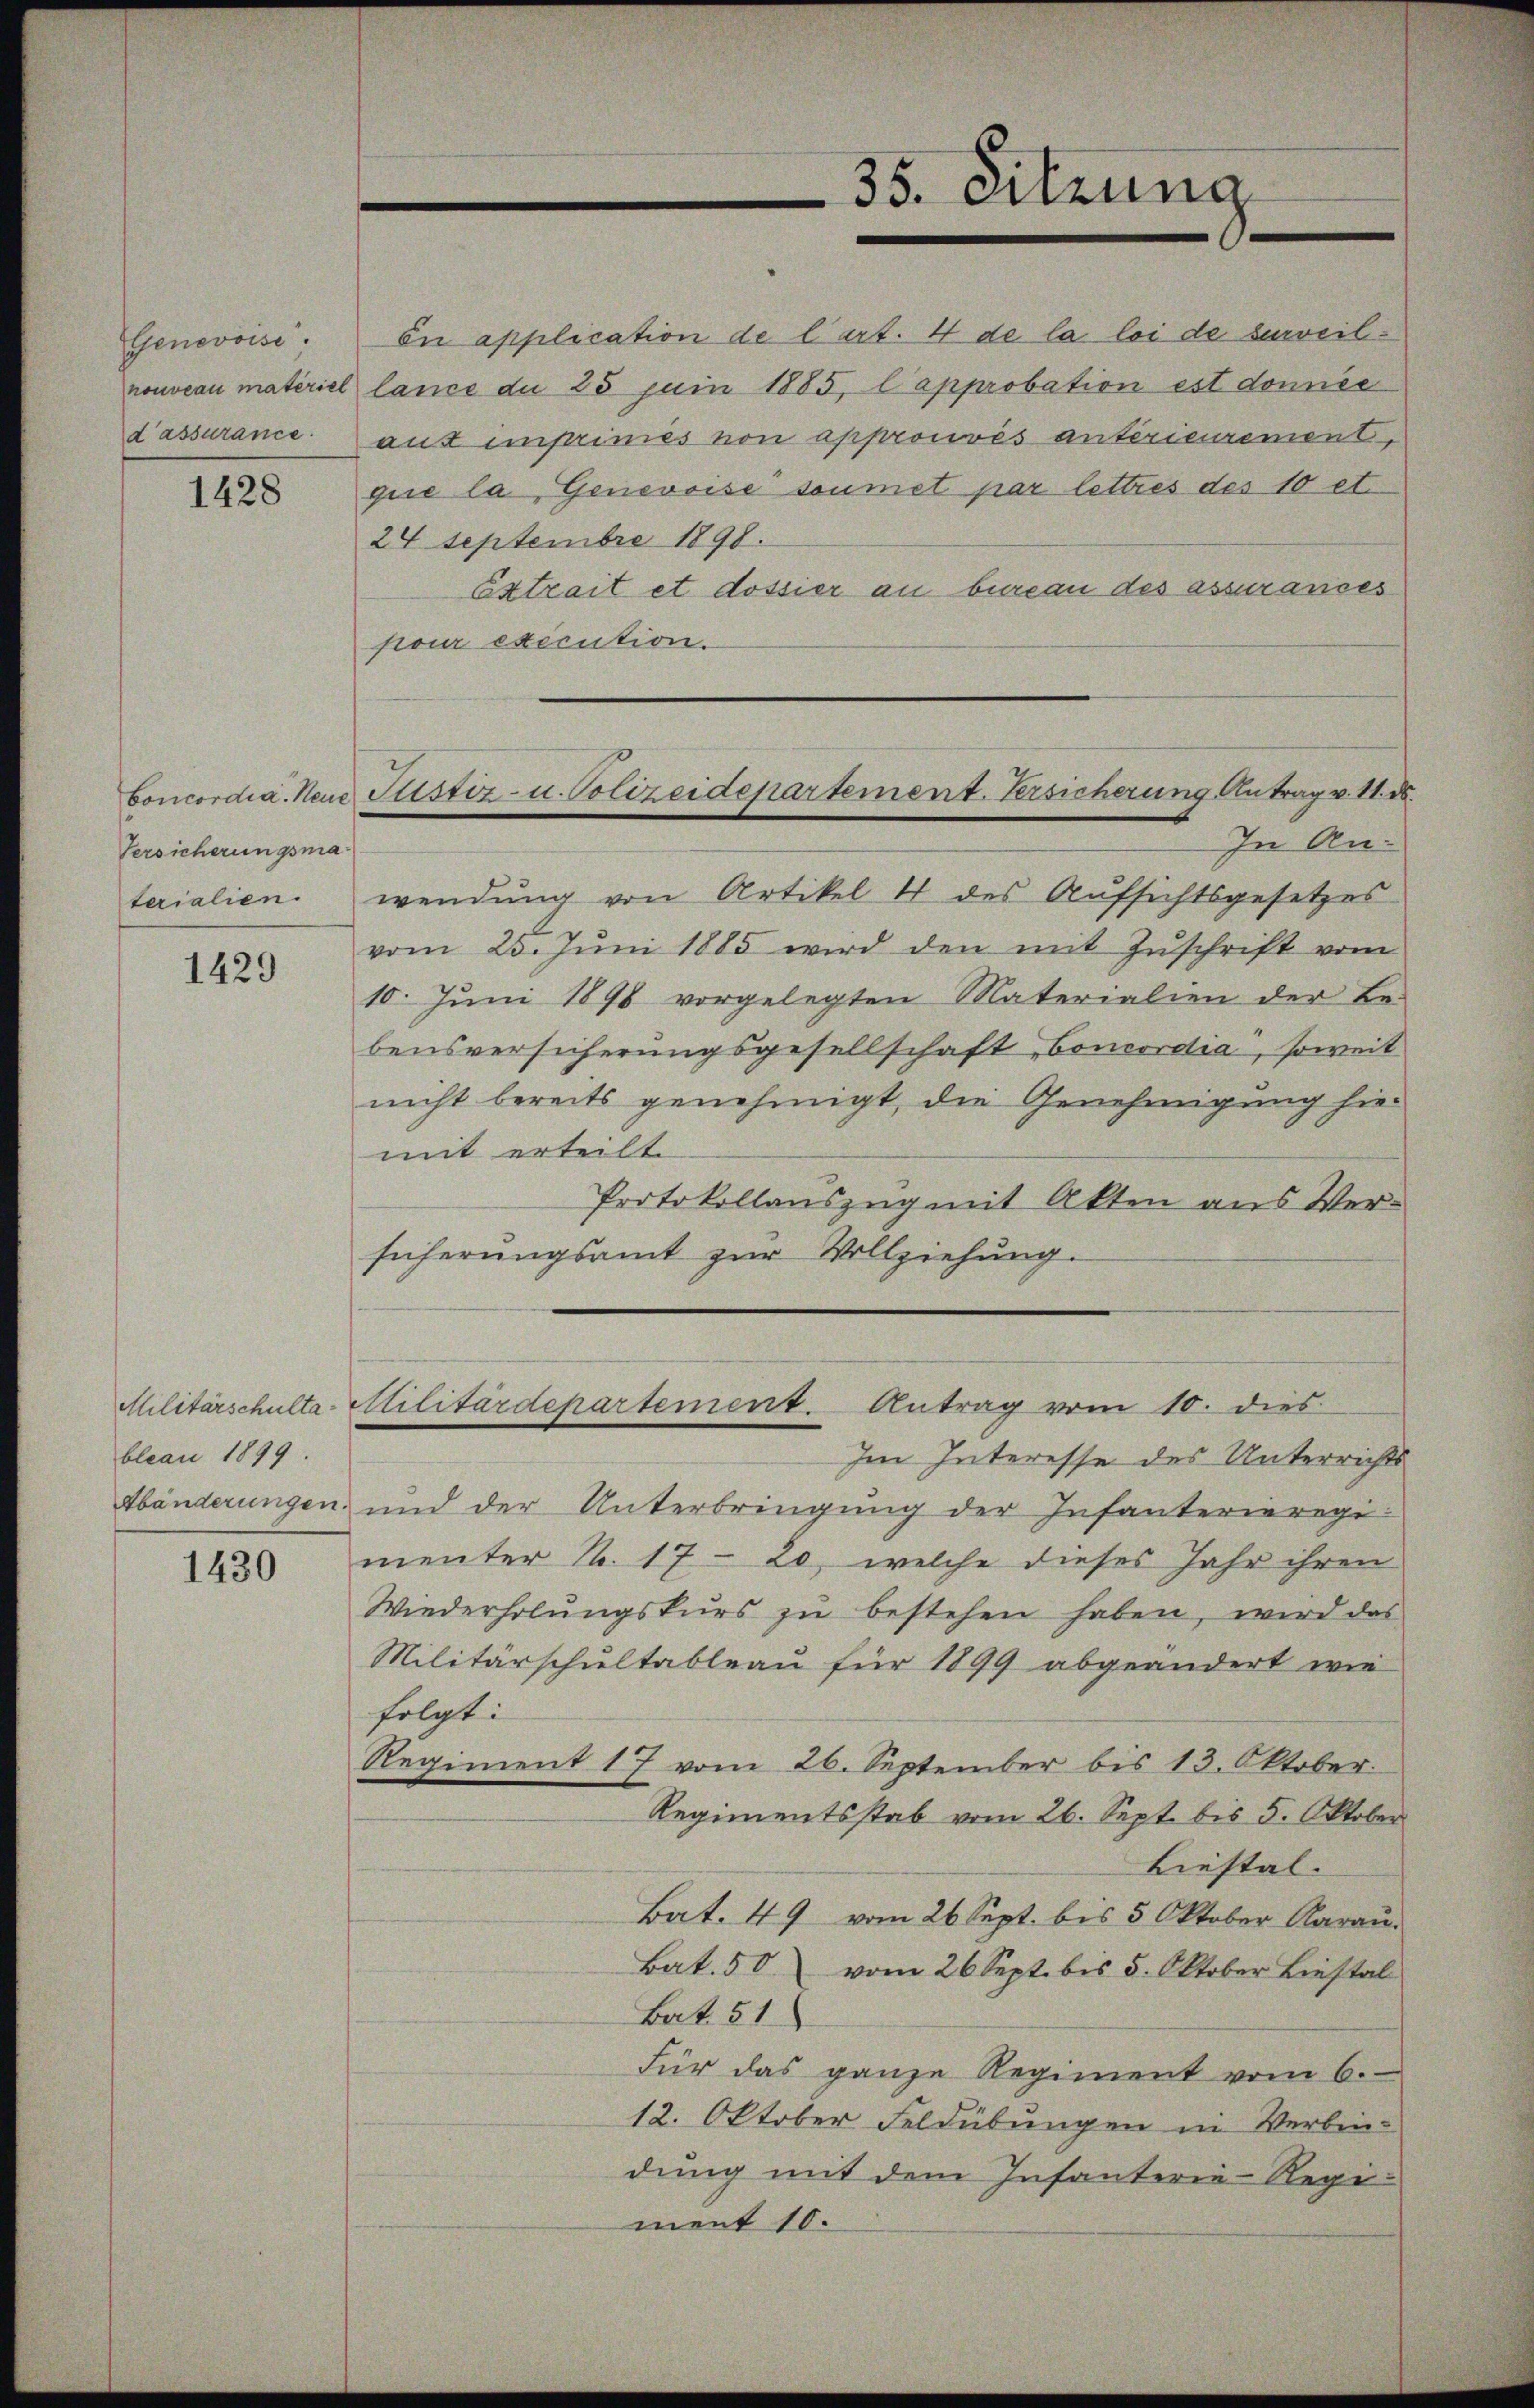
Genevoisi
d’assurance.

1428

Versicherungsma¬

1429

bleau 1899.

1430

35. Sitzung

nouveau materiel lance du 25 Juin 1885, Capprobation est donnée
24 Septembre 1898.
pour exécution.
In Anterialien, wendŭng von Artikel 4 des Aŭfsichtsgesetzes
vom 25. Juni 1885 wird den mit Zuschrift vom
10. Juni 1898 vorgelegten Materialien der Be-
bensversicherungsgesellschaft, Concordia, soweit
nicht bereits genehmigt, die Genehmigung hier
mit erteilt.
Protokollauszug mit Akten aus Versicherungsamt zur Vollziehung.
Militärschulta-Militärdepartement. Antrag vom 10. dies
Im Interesse des Unterrichts
Abänderungen und der Unterbringung der Infanterieregimenter N. 17 - 20, welche dieses Jahr ihren
Wiederholŭngskurs zŭ bestehen haben, wird das
Militärschultableau für 1899 abgeändert wie
folgt:
Regiment 17 vom 26. September bis 13. Oktober.
Regimentsstab vom 26. Sept. bis 5. Oktober
Liestal.
Bat. 49 vom 26. Sept. bis 5 Oktober Aarau
Bat. 50 vom 26 Sept. bis 5. Oktober Liestal
Bat. 51
Für das ganze Regiment vom 6.
12. Oktober Feldübungen in Verbindung mit dem Infanterie-Regiment 10.

En application de l’art. 4 de la loi de surveilaus imprimes von approuvées antérieurement,
gire la Genevoise soumet par lettres des 10 et.
Extrait et dossier an bureau des assurances

Concordia. Neue Plistiz- u. Polizeidepartement. Versicherung Antrag v. 11. d.